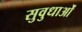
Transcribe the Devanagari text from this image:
सुवुधाओं